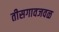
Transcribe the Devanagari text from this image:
तीसगावजवळ